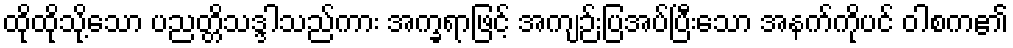
ထိုထိုသို့သော ပညတ္တိသဒ္ဒါသည်ကား အက္ခရာဖြင့် အကျဉ်းပြအပ်ပြီးသော အနက်ကိုပင် ဝါစက၏